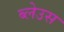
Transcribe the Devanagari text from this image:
ब्लेउस